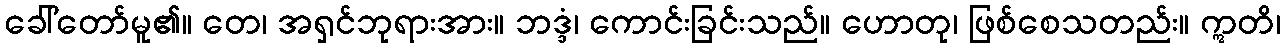
ခေါ်တော်မူ၏။ တေ၊ အရှင်ဘုရားအား။ ဘဒ္ဒံ၊ ကောင်းခြင်းသည်။ ဟောတု၊ ဖြစ်စေသတည်း။ ဣတိ၊